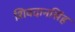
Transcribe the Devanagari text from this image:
शिवदानसिंह